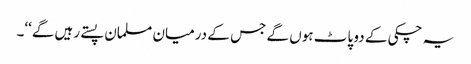
یہ چکی کے دو پاٹ ہوں گے جس کے درمیان مسلمان پستے رہیں گے‘‘۔